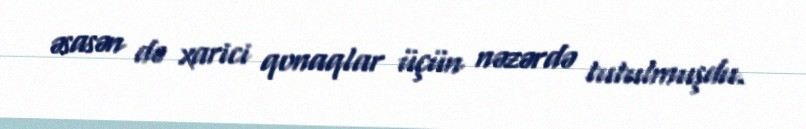
əsasən də xarici qonaqlar üçün nəzərdə tutulmuşdu.